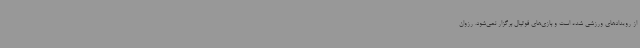
از رویدادهای ورزشی شده است و بازی‌های فوتبال برگزار نمی‌شود. رزوان